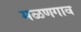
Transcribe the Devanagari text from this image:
मळणगाव